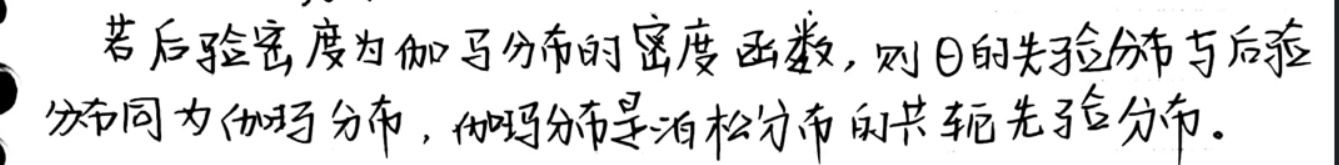
若后验密度为伽马分布的密度函数, 则$\theta$的先验分布与后验分布同为伽马分布, 伽马分布是泊松分布的共轭先验分布。